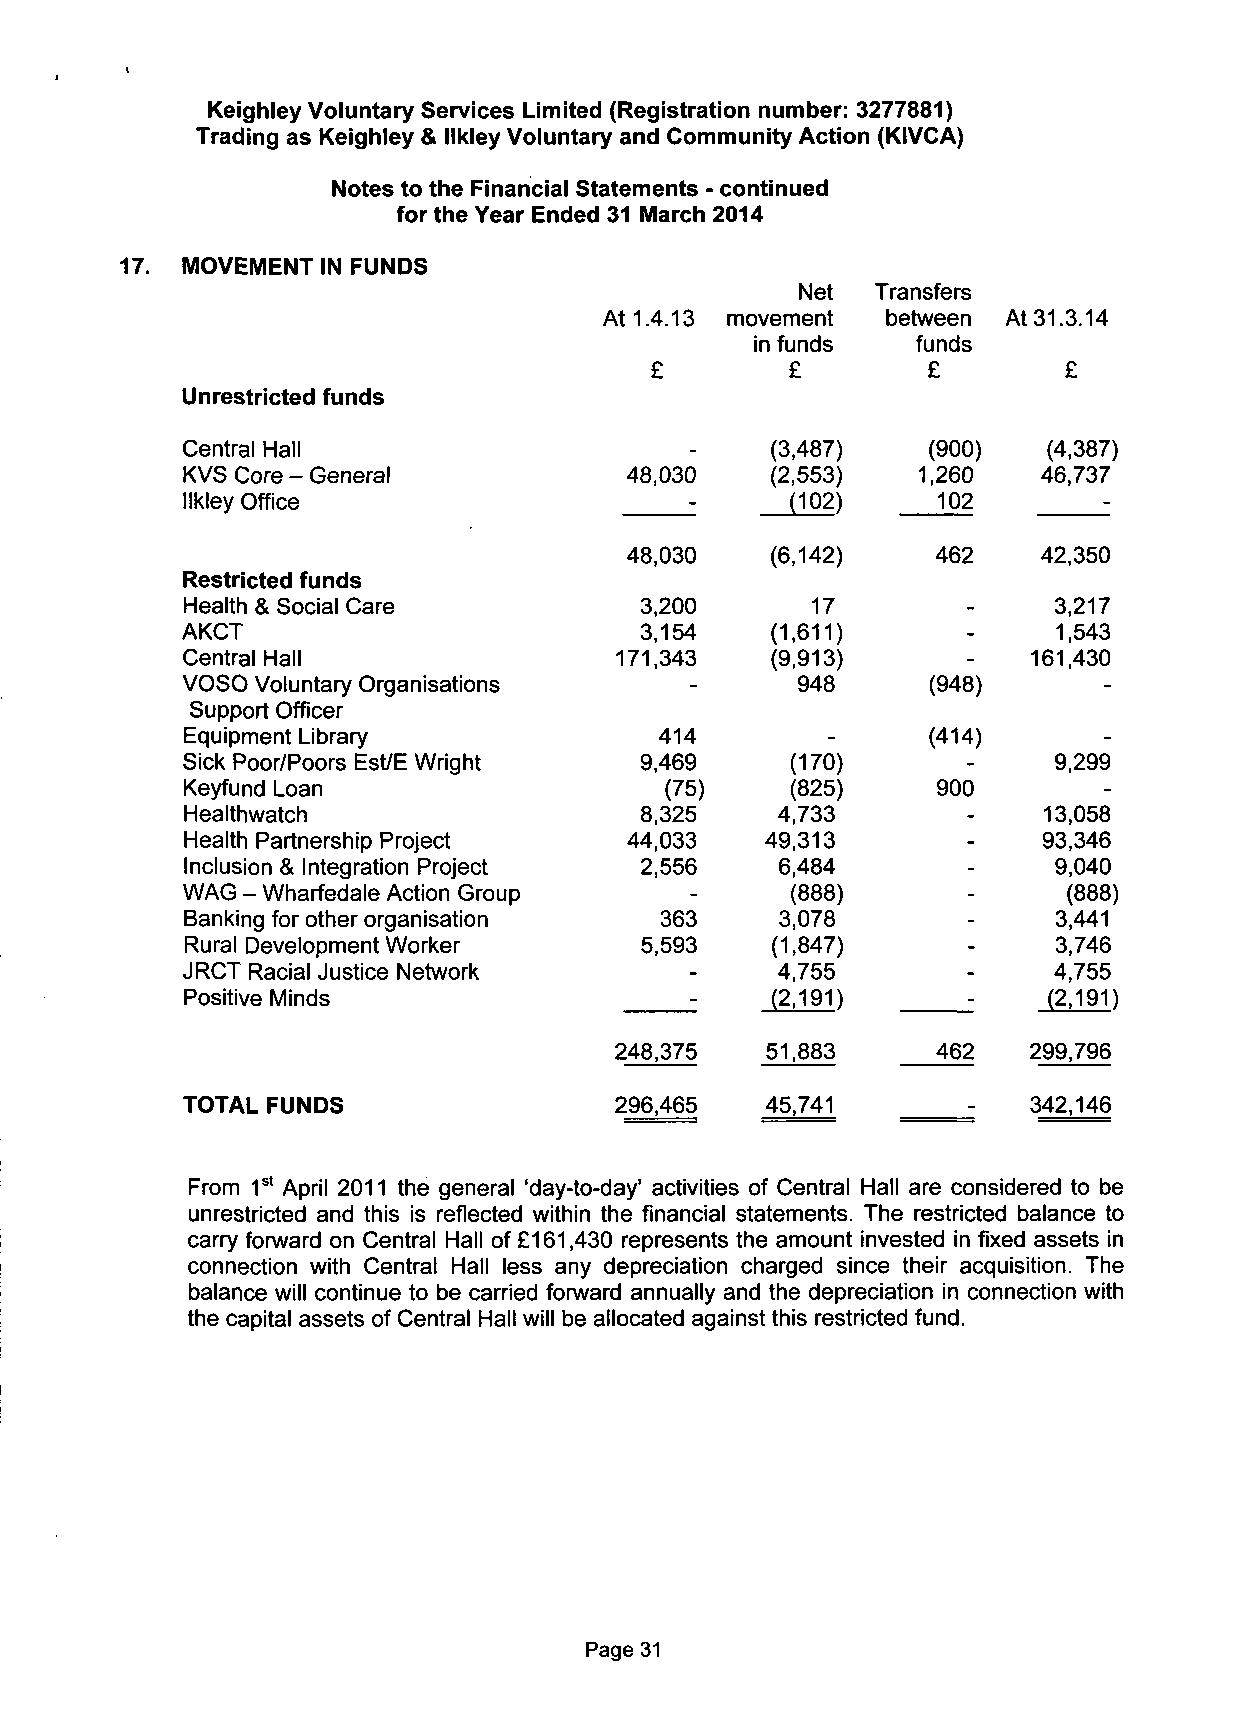
Keighley Voluntary Services Limited (Registration number: 3277881)
 Trading as Keighley & llkley Voluntary and Community Action (KIVCA)
 Notes to the Financial Statements - continued
 for the Year Ended 31 March 2014
 MOVEMENT IN FUNDS
 Net  Transfers
 At 1.4.13 movement between At 31.3.14
 in funds   funds
 £        £        £        £
 Unrestricted funds
 Central Hall                      _    (3,487)   (900)   (4,387)
 KVS Core - General           48,030    (2,553)   1,260   46,737
 llkley Office                     -     (102)     102        -
 48,030    ((66,,114422)) 462 42,350
 Restricted funds
 Health & Social Care          3,200       17        -     3,217
 AKCT                          3,154    (1,611)      -     1,543
 Central Hall                 171,343   (9,913)      -   161,430
 VOSO Voluntary Organisations      -      948      (948)      -
 Support Officer
 Equipment Library               414        -     (414)       -
 Sick Poor/Poors Est/E Wright  9,469     (170)       -     9,299
 Keyfund Loan                    (75)    (825)     900        -
 Healthwatch                   8,325    4,733        -    13,058
 Health Partnership Project   44,033    49,313       -    93,346
 Inclusion & Integration Project 2,556   6,484       -     9,040
 WAG - Wharfedale Action Group     -     (888)       -      (888)
 Banking for other organisation  363     3,078       -     3,441
 Rural Development Worker      5,593    (1,847)      -     3,746
 JRCT Racial Justice Network       -    4,755        -     4,755
 Positive Minds                    -    (2,191)      -    (2,191)
 248,375   51,883     462   299,796
 TOTAL FUNDS                  296,465   45,741       -   342,146
 From 1st April 2011 the general 'day-to-day' activities of Central Hall are considered to be
 unrestricted and this is reflected within the financial statements. The restricted balance to
 carry forward on Central Hall of £161,430 represents the amount invested in fixed assets in
 connection with Central Hall less any depreciation charged since their acquisition. The
 balance will continue to be carried forward annually and the depreciation in connection with
 the capital assets of Central Hall will be allocated against this restricted fund.
 Page 31